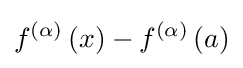
f^{\left(\alpha \right)}\left(x\right)-f^{\left(\alpha \right)}\left(a\right)